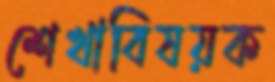
শেখাবিষয়ক